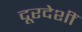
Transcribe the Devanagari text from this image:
दूरदेशीं